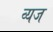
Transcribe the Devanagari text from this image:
व्यज